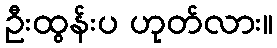
ဦးထွန်းပ ဟုတ်လား။